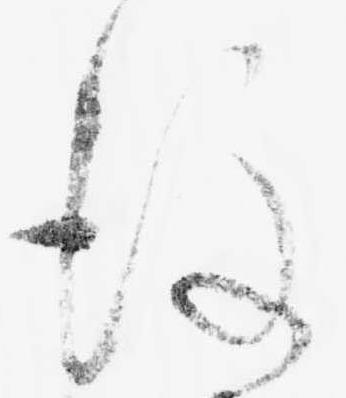
後